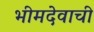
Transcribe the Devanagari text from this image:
भीमदेवाची